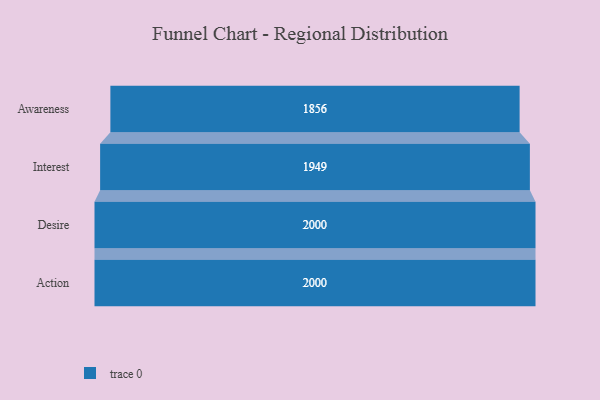
{"axis": {"x": "Stage", "y": "Value"}, "legend": [""], "data": [{"x": "Awareness", "y": 1856.0, "type": ""}, {"x": "Interest", "y": 1949.0, "type": ""}, {"x": "Desire", "y": 2000, "type": ""}, {"x": "Action", "y": 2000, "type": ""}]}